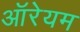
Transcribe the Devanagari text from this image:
ऑरेयम